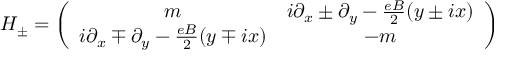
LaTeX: H _ { \pm } = \left( \begin{array} { c c } { { m } } & { { i \partial _ { x } \pm \partial _ { y } - \frac { e B } { 2 } ( y \pm i x ) } } \\ { { i \partial _ { x } \mp \partial _ { y } - \frac { e B } { 2 } ( y \mp i x ) } } & { { - m } } \end{array} \right)